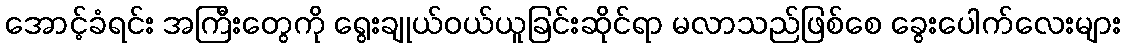
အောင့်ခံရင်း အကြီးတွေကို ရွေးချုယ်ဝယ်ယူခြင်းဆိုင်ရာ မလာသည်ဖြစ်စေ ခွေးပေါက်လေးများ